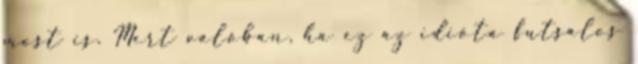
most is. Mert valóban, ha ez az idióta futsalos